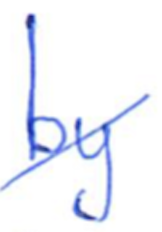
Text: by
Cross-out: diagonal
Writing tool: ballpoint